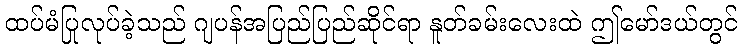
ထပ်မံပြုလုပ်ခဲ့သည် ဂျပန်အပြည်ပြည်ဆိုင်ရာ နူတ်ခမ်းလေးထဲ ဤမော်ဒယ်တွင်